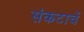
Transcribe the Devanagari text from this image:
संकटाचें